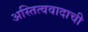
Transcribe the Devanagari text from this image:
अस्तित्ववादाची